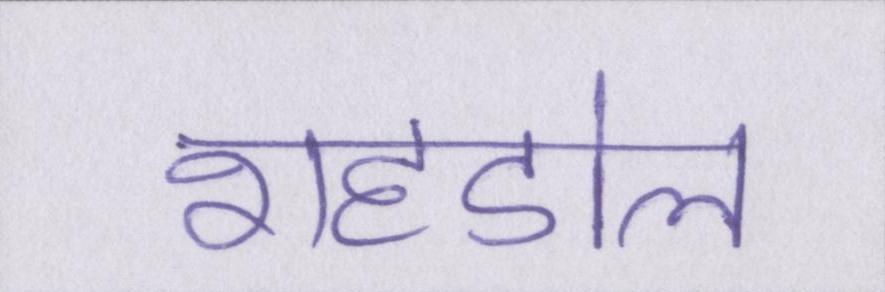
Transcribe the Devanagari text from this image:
शहडोल